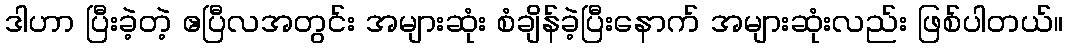
ဒါဟာ ပြီးခဲ့တဲ့ ဧပြီလအတွင်း အများဆုံး စံချိန်ခဲ့ပြီးနောက် အများဆုံးလည်း ဖြစ်ပါတယ်။